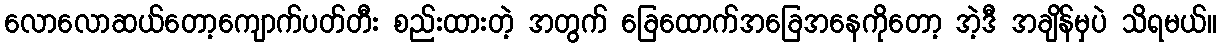
လောလောဆယ်တော့ကျောက်ပတ်တီး စည်းထားတဲ့ အတွက် ခြေထောက်အခြေအနေကိုတော့ အဲ့ဒီ အချိန်မှပဲ သိရမယ်။